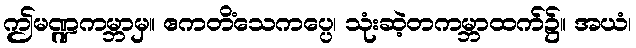
ဤမဏ္ဍကမ္ဘာမှ။ ဧကတိံသေကပ္ပေ၊ သုံးဆဲ့တကမ္ဘာထက်၌။ အယံ၊